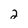
Character: 2